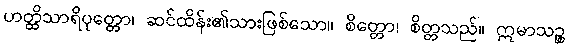
ဟတ္ထိသာရိပုတ္တော၊ ဆင်ထိန်း၏သားဖြစ်သော။ စိတ္တော၊ စိတ္တသည်။ ဣမာသဉ္စ